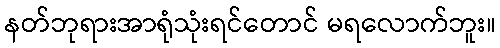
နတ်ဘုရားအာရုံသုံးရင်တောင် မရလောက်ဘူး။